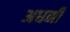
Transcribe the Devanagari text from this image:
अधनी